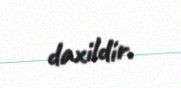
daxildir.